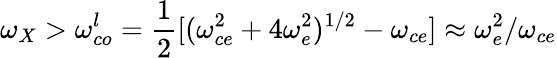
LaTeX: \omega_{X}>\omega_{co}^{l}=\frac{1}{2}[(\omega_{ce}^{2}+4\omega_{e}^{2})^{1/2}-\omega_{ce}]\approx\omega_{e}^{2}/\omega_{ce}